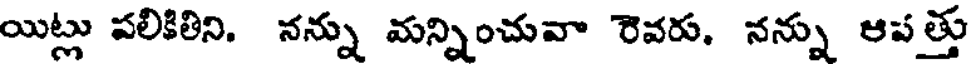
యిట్లు పలికితిని. నన్ను మన్నించువా రెవరు. నన్ను ఆపత్తు